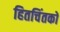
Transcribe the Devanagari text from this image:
हितचिंतकों